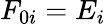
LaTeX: F_{0i}=E_{i}